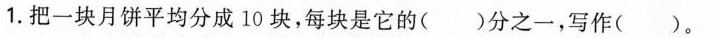
1. 把一块月饼平均分成 10 块，每块是它的( )分之一，写作( )。